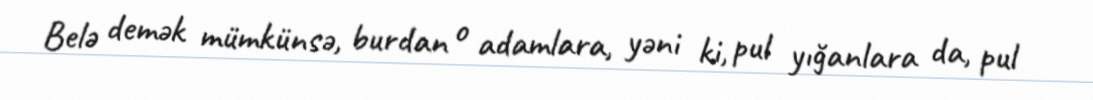
Belə demək mümkünsə, burdan o adamlara, yəni ki, pul yığanlara da, pul